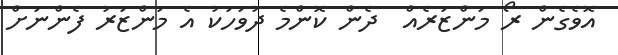
އޮވެގެން ރޯ މަންޒަރެއް  ދެން ކޮންމެ ދުވަހަކު އެ މަންޒަރު ފެންނަށް